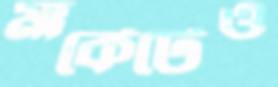
মার্কেটেও